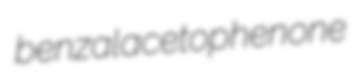
benzalacetophenone